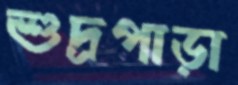
শুদ্রপাড়া